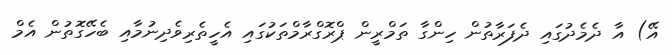
އޭ) އާ ދެމެދުގައި ދެފަރާތުން ހިންގާ ތަމްރީން ޕްރޮގްރާމްތަކުގައި އެހީތެރިވެދިނުމާއި ބެހޭގޮތުން އެމް